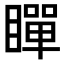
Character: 𭿞